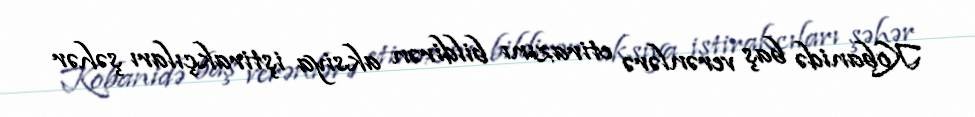
Kobanidə baş verənlərə etirazını bildirən aksiya iştirakçıları şəhər